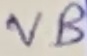
Text: VB